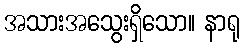
အသားအသွေးရှိသော။ နာရု